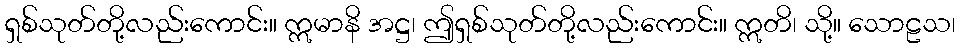
ရှစ်သုတ်တို့လည်းကောင်း။ ဣမာနိ အဋ္ဌ၊ ဤရှစ်သုတ်တို့လည်းကောင်း။ ဣတိ၊ သို့။ သောဠသ၊